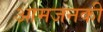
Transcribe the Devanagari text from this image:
आमजनकी